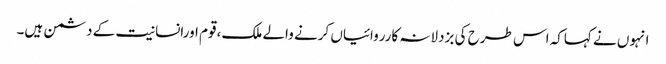
انہوں نے کہاکہ اس طرح کی بزدلانہ کارروائیاں کرنے والے ملک ،قوم اورانسانیت کے دشمن ہیں۔